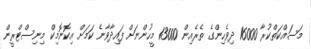
މަސައްކަތްކުރާ 16000 ދިވެހިންގެ ތެރެއިން 13000 މީހުންނަށް ފައިދާވާނެ ކަމަށް އިކޮނޮމިކް މިނިސްޓްރީން